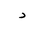
Letter: _dal